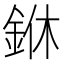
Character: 銝